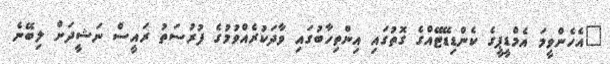
"އެހެންވީމަ އެމްޑީޕީގެ ކެންޑިޑޭޓޭއްގެ ގޮތުގައި އިންތިހާބުގައި ވާދަކުރެއްވުމުގެ ފުރުސަތު ރައީސް ނަޝީދަށް ލިބޭނެ